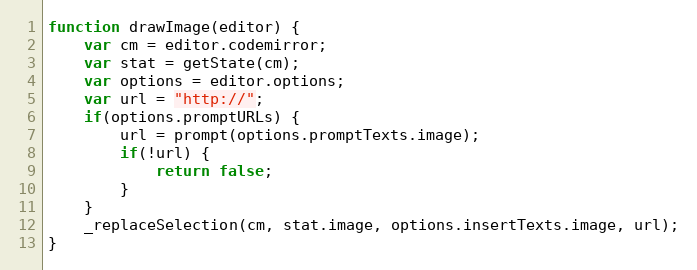
Language: JavaScript
function drawImage(editor) {
	var cm = editor.codemirror;
	var stat = getState(cm);
	var options = editor.options;
	var url = "http://";
	if(options.promptURLs) {
		url = prompt(options.promptTexts.image);
		if(!url) {
			return false;
		}
	}
	_replaceSelection(cm, stat.image, options.insertTexts.image, url);
}